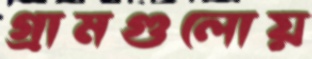
গ্রামগুলোয়